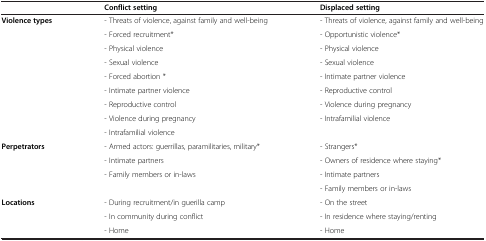
<table><thead><tr><td><b> </b></td><td><b>Conflict setting</b></td><td><b>Displaced setting</b></td></tr></thead><tbody><tr><td rowspan="9"><b>Violence types</b></td><td>- Threats of violence, against family and well-being</td><td>- Threats of violence, against family and well-being</td></tr><tr><td>- Forced recruitment*</td><td>- Opportunistic violence*</td></tr><tr><td>- Physical violence</td><td>- Physical violence</td></tr><tr><td>- Sexual violence</td><td>- Sexual violence</td></tr><tr><td>- Forced abortion *</td><td>- Intimate partner violence</td></tr><tr><td>- Intimate partner violence</td><td>- Reproductive control</td></tr><tr><td>- Reproductive control</td><td>- Violence during pregnancy</td></tr><tr><td>- Violence during pregnancy</td><td>- Intrafamilial violence</td></tr><tr><td>- Intrafamilial violence</td><td> </td></tr><tr><td rowspan="4"><b>Perpetrators</b></td><td>- Armed actors: guerrillas, paramilitaries, military*</td><td>- Strangers*</td></tr><tr><td>- Intimate partners</td><td>- Owners of residence where staying*</td></tr><tr><td rowspan="2">- Family members or in-laws</td><td>- Intimate partners</td></tr><tr><td>- Family members or in-laws</td></tr><tr><td rowspan="2"><b>Locations</b></td><td>- During recruitment/in guerilla camp</td><td>- On the street</td></tr><tr><td>- In community during conflict</td><td>- In residence where staying/renting</td></tr><tr><td> </td><td>- Home</td><td>- Home</td></tr></tbody></table>